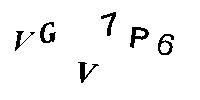
VGV7P6